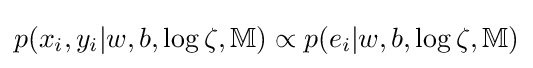
p(x_{i},y_{i}|w,b,\log \zeta ,\mathbb {M} )\propto p(e_{i}|w,b,\log \zeta ,\mathbb {M} )